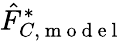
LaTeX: \hat{F}_{C,\mathrm{~m~o~d~e~l~}}^{*}